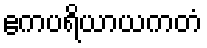
ဧကပရိယာယကတံ